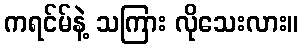
ကရင်မ်နဲ့ သကြား လိုသေးလား။